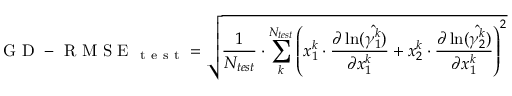
\mathrm { ~ G ~ D ~ - ~ R ~ M ~ S ~ E ~ } _ { \mathrm { ~ t ~ e ~ s ~ t ~ } } = \sqrt { \frac { 1 } { N _ { t e s t } } \cdot \sum _ { k } ^ { N _ { t e s t } } { \left( x _ { 1 } ^ { k } \cdot \frac { \partial \ln ( \hat { \gamma _ { 1 } ^ { k } } ) } { \partial x _ { 1 } ^ { k } } + x _ { 2 } ^ { k } \cdot \frac { \partial \ln ( \hat { \gamma _ { 2 } ^ { k } } ) } { \partial x _ { 1 } ^ { k } } \right) ^ { 2 } } }